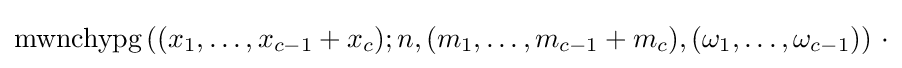
\operatorname {mwnchypg} \left((x_{1},\ldots ,x_{c-1}+x_{c});n,(m_{1},\ldots ,m_{c-1}+m_{c}),(\omega _{1},\ldots ,\omega _{c-1})\right)\,\cdot